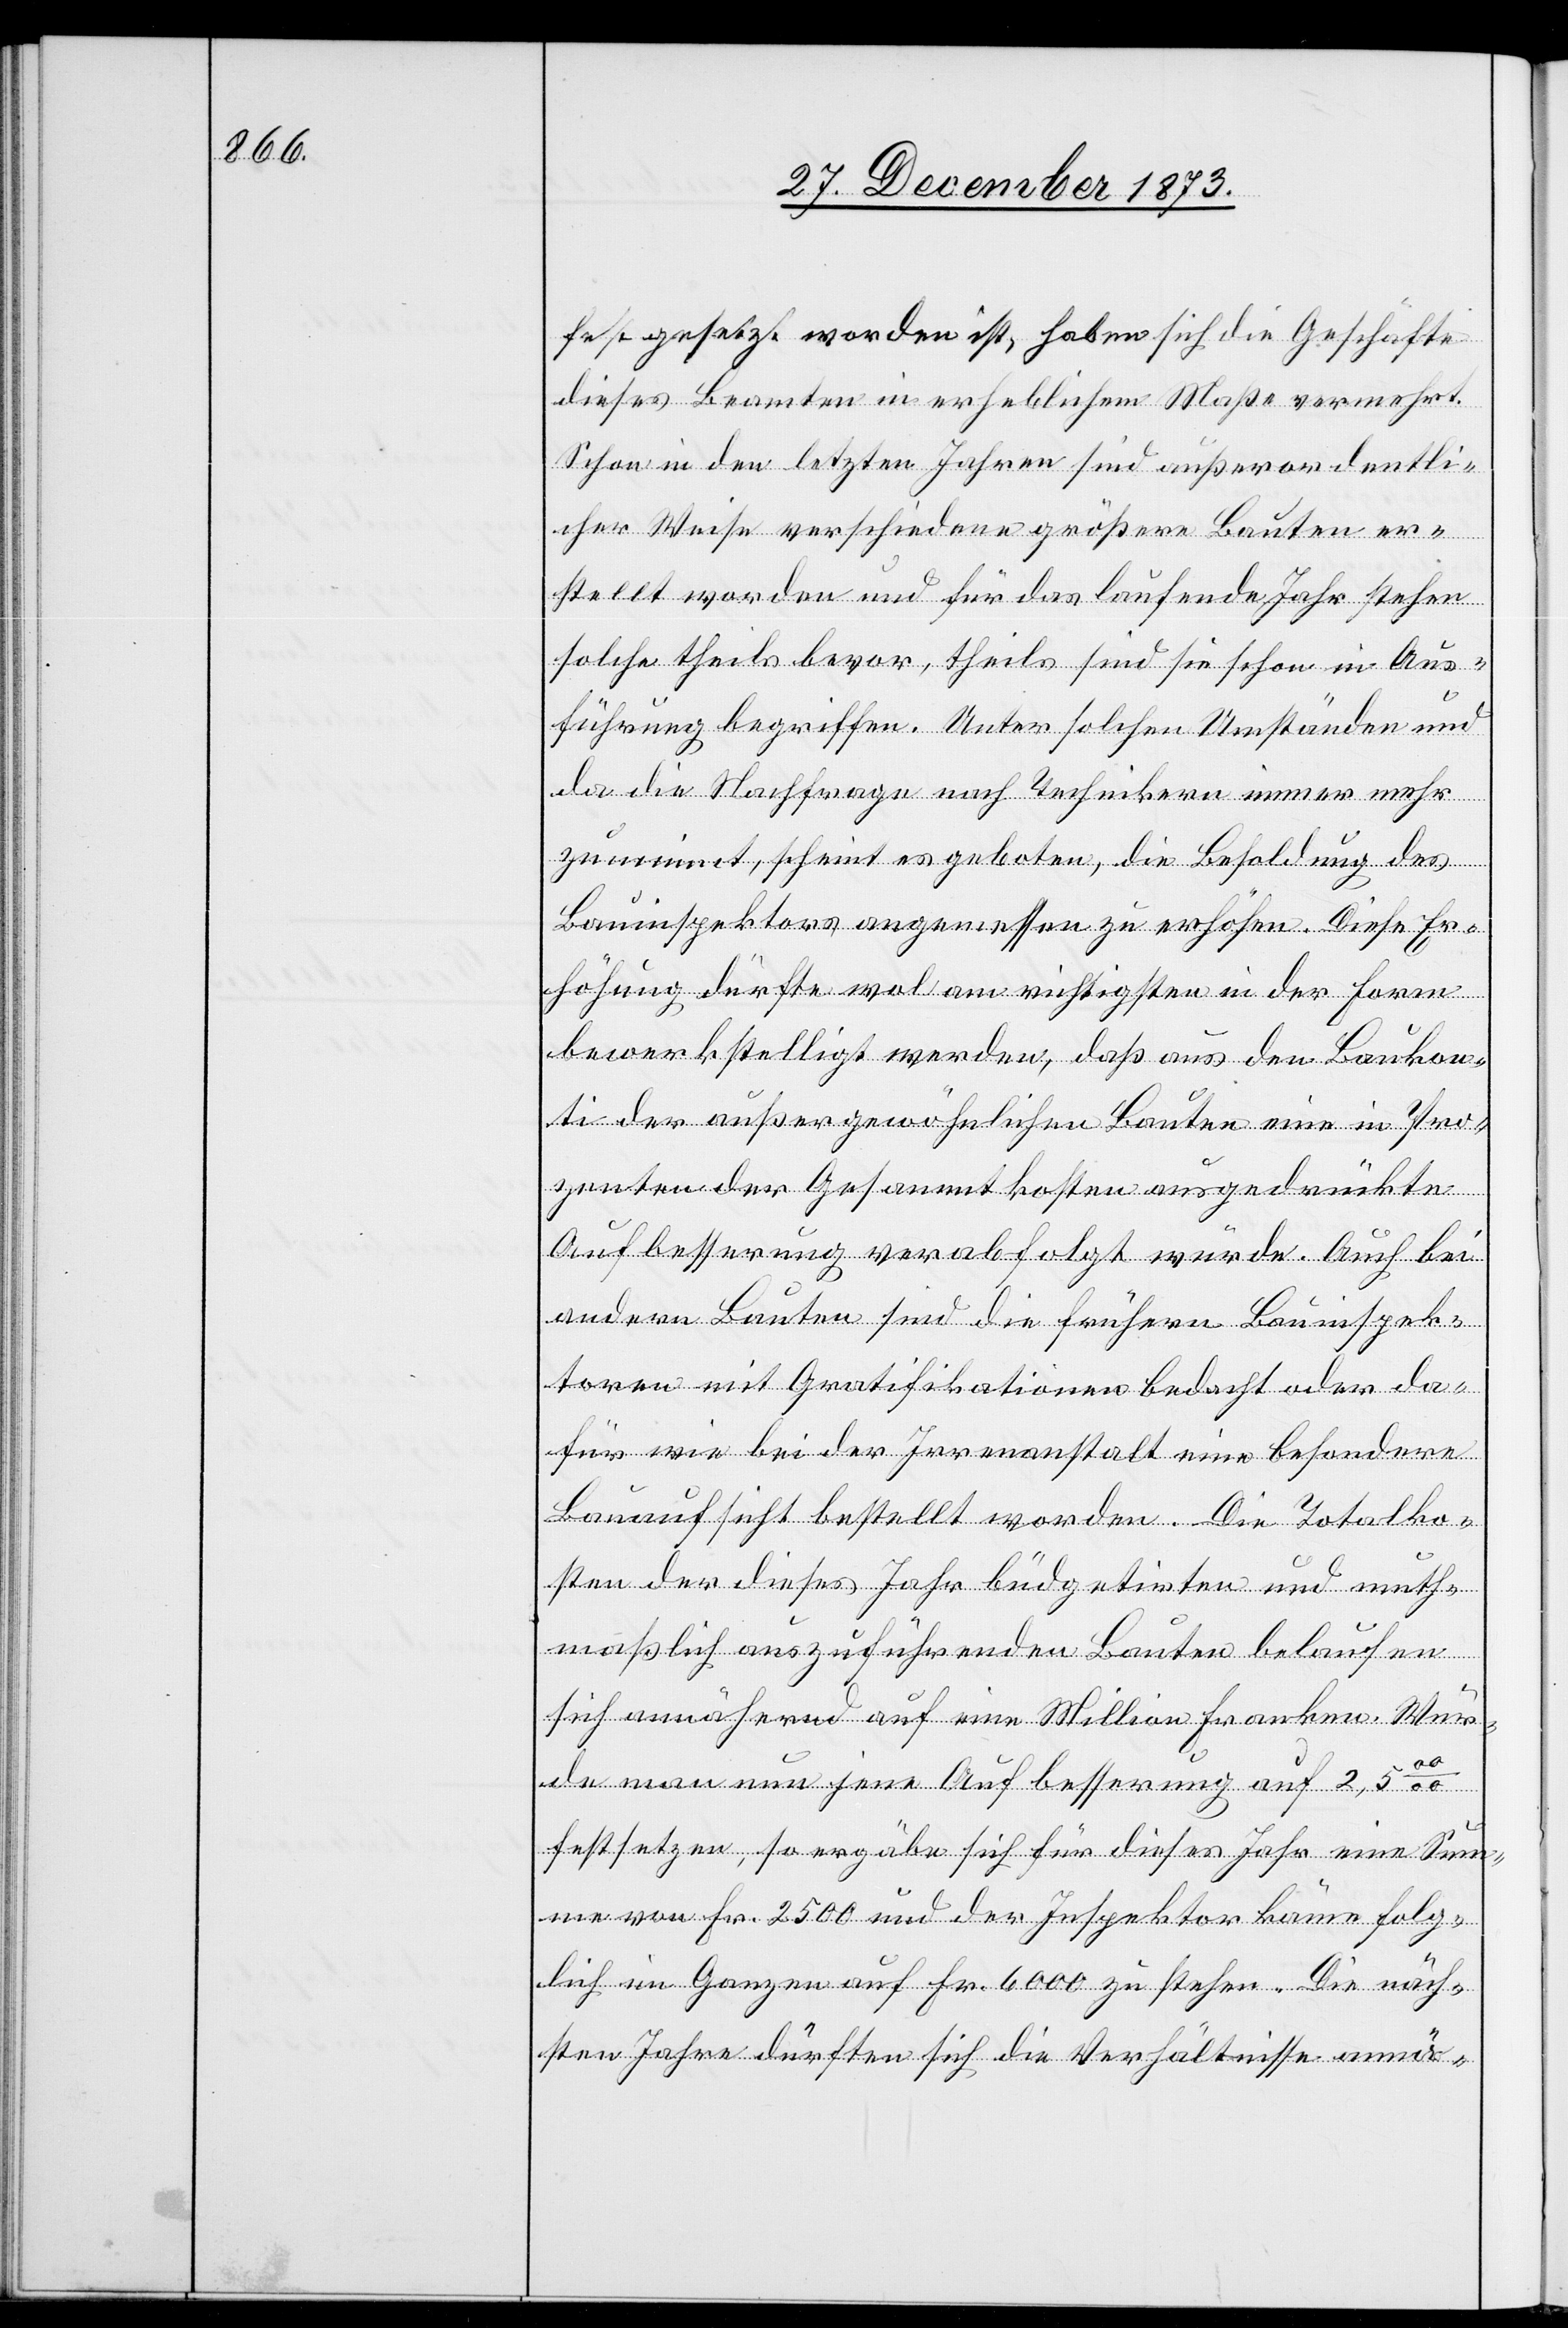
festgesetzt worden ist, haben sich die Geschäfte
dieses Beamten in erheblichem Maße vermehrt.
Schon in den letzten Jahren sind außerordentli¬
cher Weise verschiedene größere Bauten er¬
stellt worden und für das laufende Jahr stehen
solche theils bevor, theils sind sie schon in Aus¬
führung begriffen. Unter solchen Umständen und
da die Nachfrage nach Technikern immer mehr
zunimmt, scheint es geboten, die Besoldung des
Bauinspektors angemessen zu erhöhen. Diese Er¬
höhung dürfte wol am richtigsten in der Form
bewerkstelligt werden, daß aus den Baukon¬
ti der außergewöhnlichen Bauten eine in Pro¬
zenten der Gesammtkosten ausgedrückte
Aufbesserung verabfolgt würde. Auch bei
andern Bauten sind die frühern Bauinspek¬
toren mit Gratifikationen bedacht oder da¬
für wie bei der Irrenanstalt eine besondere
Bauaufsicht bestellt worden. Die Totalko¬
sten der dieses Jahr büdgetirten und muth¬
maßlich auszuführenden Bauten belaufen
sich annähernd auf eine Million Franken. Wür¬
de man nun jene Aufbesserung auf 2,500/00
festsetzen, so ergäbe sich für dieses Jahr eine Sum¬
me von Fr. 2 500 und der Inspektor käme folg¬
lich im Ganzen auf Fr. 6 000 zu stehen. Die näch¬
sten Jahre dürften sich die Verhältnisse annä-